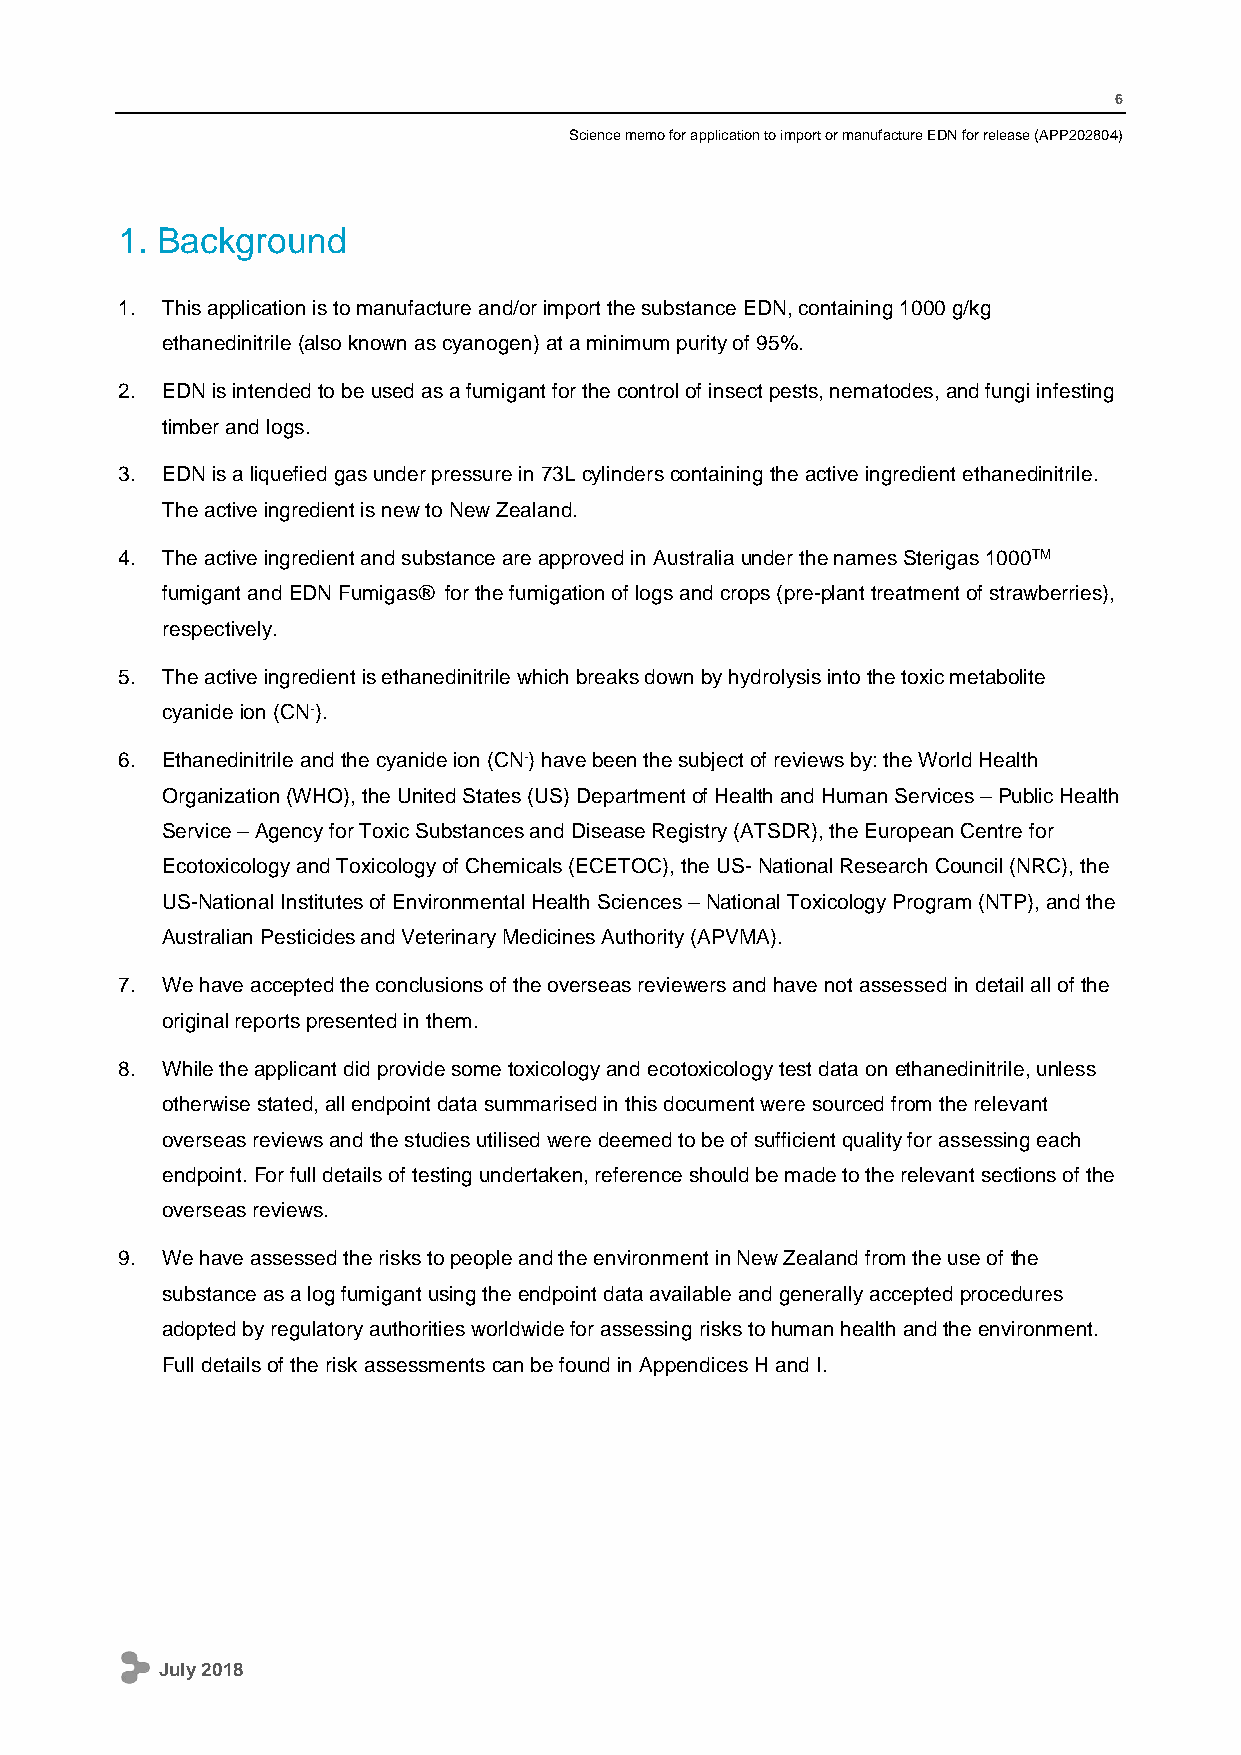
6
 Science memo for application to import or manufacture EDN for release (APP202804)
 1. Background
 1. This application is to manufacture and/or import the substance EDN, containing 1000 g/kg
 ethanedinitrile (also known as cyanogen) at a minimum purity of 95%.
 2. EDN is intended to be used as a fumigant for the control of insect pests, nematodes, and fungi infesting
 timber and logs.
 3. EDN is a liquefied gas under pressure in 73L cylinders containing the active ingredient ethanedinitrile.
 The active ingredient is new to New Zealand.
 4. The active ingredient and substance are approved in Australia under the names Sterigas 1000TM
 fumigant and EDN Fumigas® for the fumigation of logs and crops (pre-plant treatment of strawberries),
 respectively.
 5. The active ingredient is ethanedinitrile which breaks down by hydrolysis into the toxic metabolite
 cyanide ion (CN-).
 6. Ethanedinitrile and the cyanide ion (CN-) have been the subject of reviews by: the World Health
 Organization (WHO), the United States (US) Department of Health and Human Services – Public Health
 Service – Agency for Toxic Substances and Disease Registry (ATSDR), the European Centre for
 Ecotoxicology and Toxicology of Chemicals (ECETOC), the US- National Research Council (NRC), the
 US-National Institutes of Environmental Health Sciences – National Toxicology Program (NTP), and the
 Australian Pesticides and Veterinary Medicines Authority (APVMA).
 7. We have accepted the conclusions of the overseas reviewers and have not assessed in detail all of the
 original reports presented in them.
 8. While the applicant did provide some toxicology and ecotoxicology test data on ethanedinitrile, unless
 otherwise stated, all endpoint data summarised in this document were sourced from the relevant
 overseas reviews and the studies utilised were deemed to be of sufficient quality for assessing each
 endpoint. For full details of testing undertaken, reference should be made to the relevant sections of the
 overseas reviews.
 9. We have assessed the risks to people and the environment in New Zealand from the use of the
 substance as a log fumigant using the endpoint data available and generally accepted procedures
 adopted by regulatory authorities worldwide for assessing risks to human health and the environment.
 Full details of the risk assessments can be found in Appendices H and I.
 July 2018